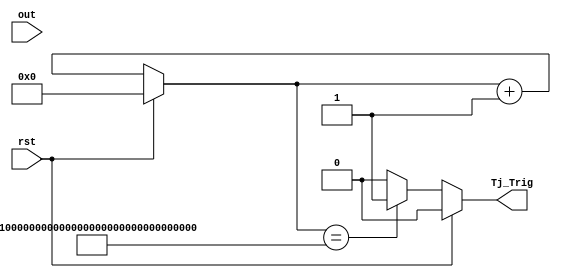
module Trojan_Trigger(
    input rst,
    input [127:0] out,
    output Tj_Trig
    );

	reg Tj_Trig;
	reg [127:0] Counter;
	
	always @(rst, out)
	begin
		if (rst == 1) begin
			Counter <= 0;
		end else begin
			Counter <= Counter + 1;
		end
	end

	always @(rst, Counter)
	begin
		if (rst == 1) begin
			Tj_Trig <= 0;
		end else if (Counter == 128'hffff_ffff_ffff_ffff_ffff_ffff_ffff_ffff) begin
			Tj_Trig <= 1;
		end else begin
			Tj_Trig <= 0;		
		end
	end

endmodule